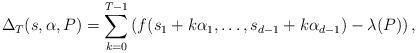
LaTeX: \begin{align*}\Delta_T(s, \alpha, P) = \sum_{k=0}^{T-1} \left( f(s_1+ k \alpha_1, \dots, s_{d-1}+ k \alpha_{d-1}) - \lambda (P) \right) ,\end{align*}